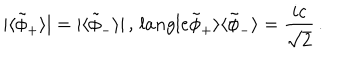
LaTeX: | \langle \tilde { \phi } _ { + } \rangle | = | \langle \tilde { \phi } _ { - } \rangle | \, , \, l a n g l e \tilde { \phi } _ { + } \rangle \langle \tilde { \phi } _ { - } \rangle = { \frac { i c } { \sqrt 2 } } \, .